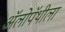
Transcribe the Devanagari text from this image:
अॅलोपॅथीला